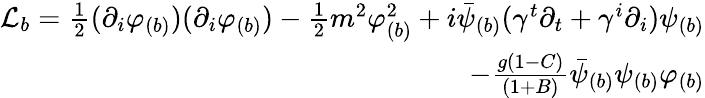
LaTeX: \begin{array}{r}{\mathcal{L}_{b}=\frac{1}{2}(\partial_{i}\varphi_{(b)})(\partial_{i}\varphi_{(b)})-\frac{1}{2}m^{2}\varphi_{(b)}^{2}+i\bar{\psi}_{(b)}(\gamma^{t}\partial_{t}+\gamma^{i}\partial_{i})\psi_{(b)}}\\ {-\frac{g(1-C)}{(1+B)}\bar{\psi}_{(b)}\psi_{(b)}\varphi_{(b)}}\end{array}